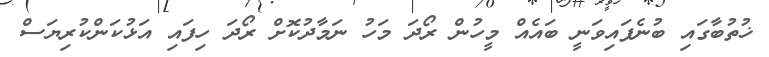
ޚުތުބާގައި ބުނެފައިވަނީ ބައެއް މީހުން ރޯދަ މަހު ނަމާދުކޮށް ރޯދަ ހިފައި އަޅުކަންކުރިޔަސް